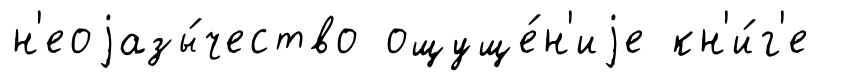
н'еоjазы́чество ощуще́н'иjе кн'и́г'е